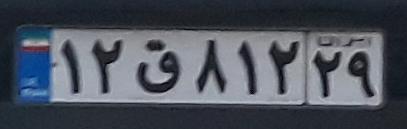
۱۲ق۸۱۲۲۹